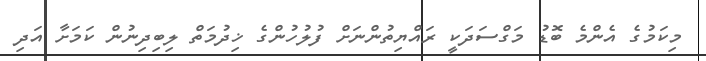
މިކަމުގެ އެންމެ ބޮޑު މަގްސަދަކީ ރައްޔިތުންނަށް ފުލުހުންގެ ޚިދުމަތް ލިބިދިނުން ކަމަށާ އަދި